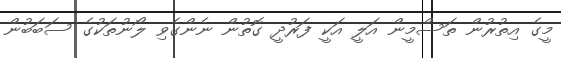
މީގެ އިތުރުން ތަސްމީން އަލީ އަކީ ފަރުދީ ގޮތުން ނެންގެވި ލޯނުތަކުގެ ސަބަބުން